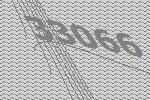
33066